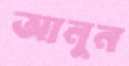
আনুন